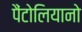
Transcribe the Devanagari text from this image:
पैंटोलियानो